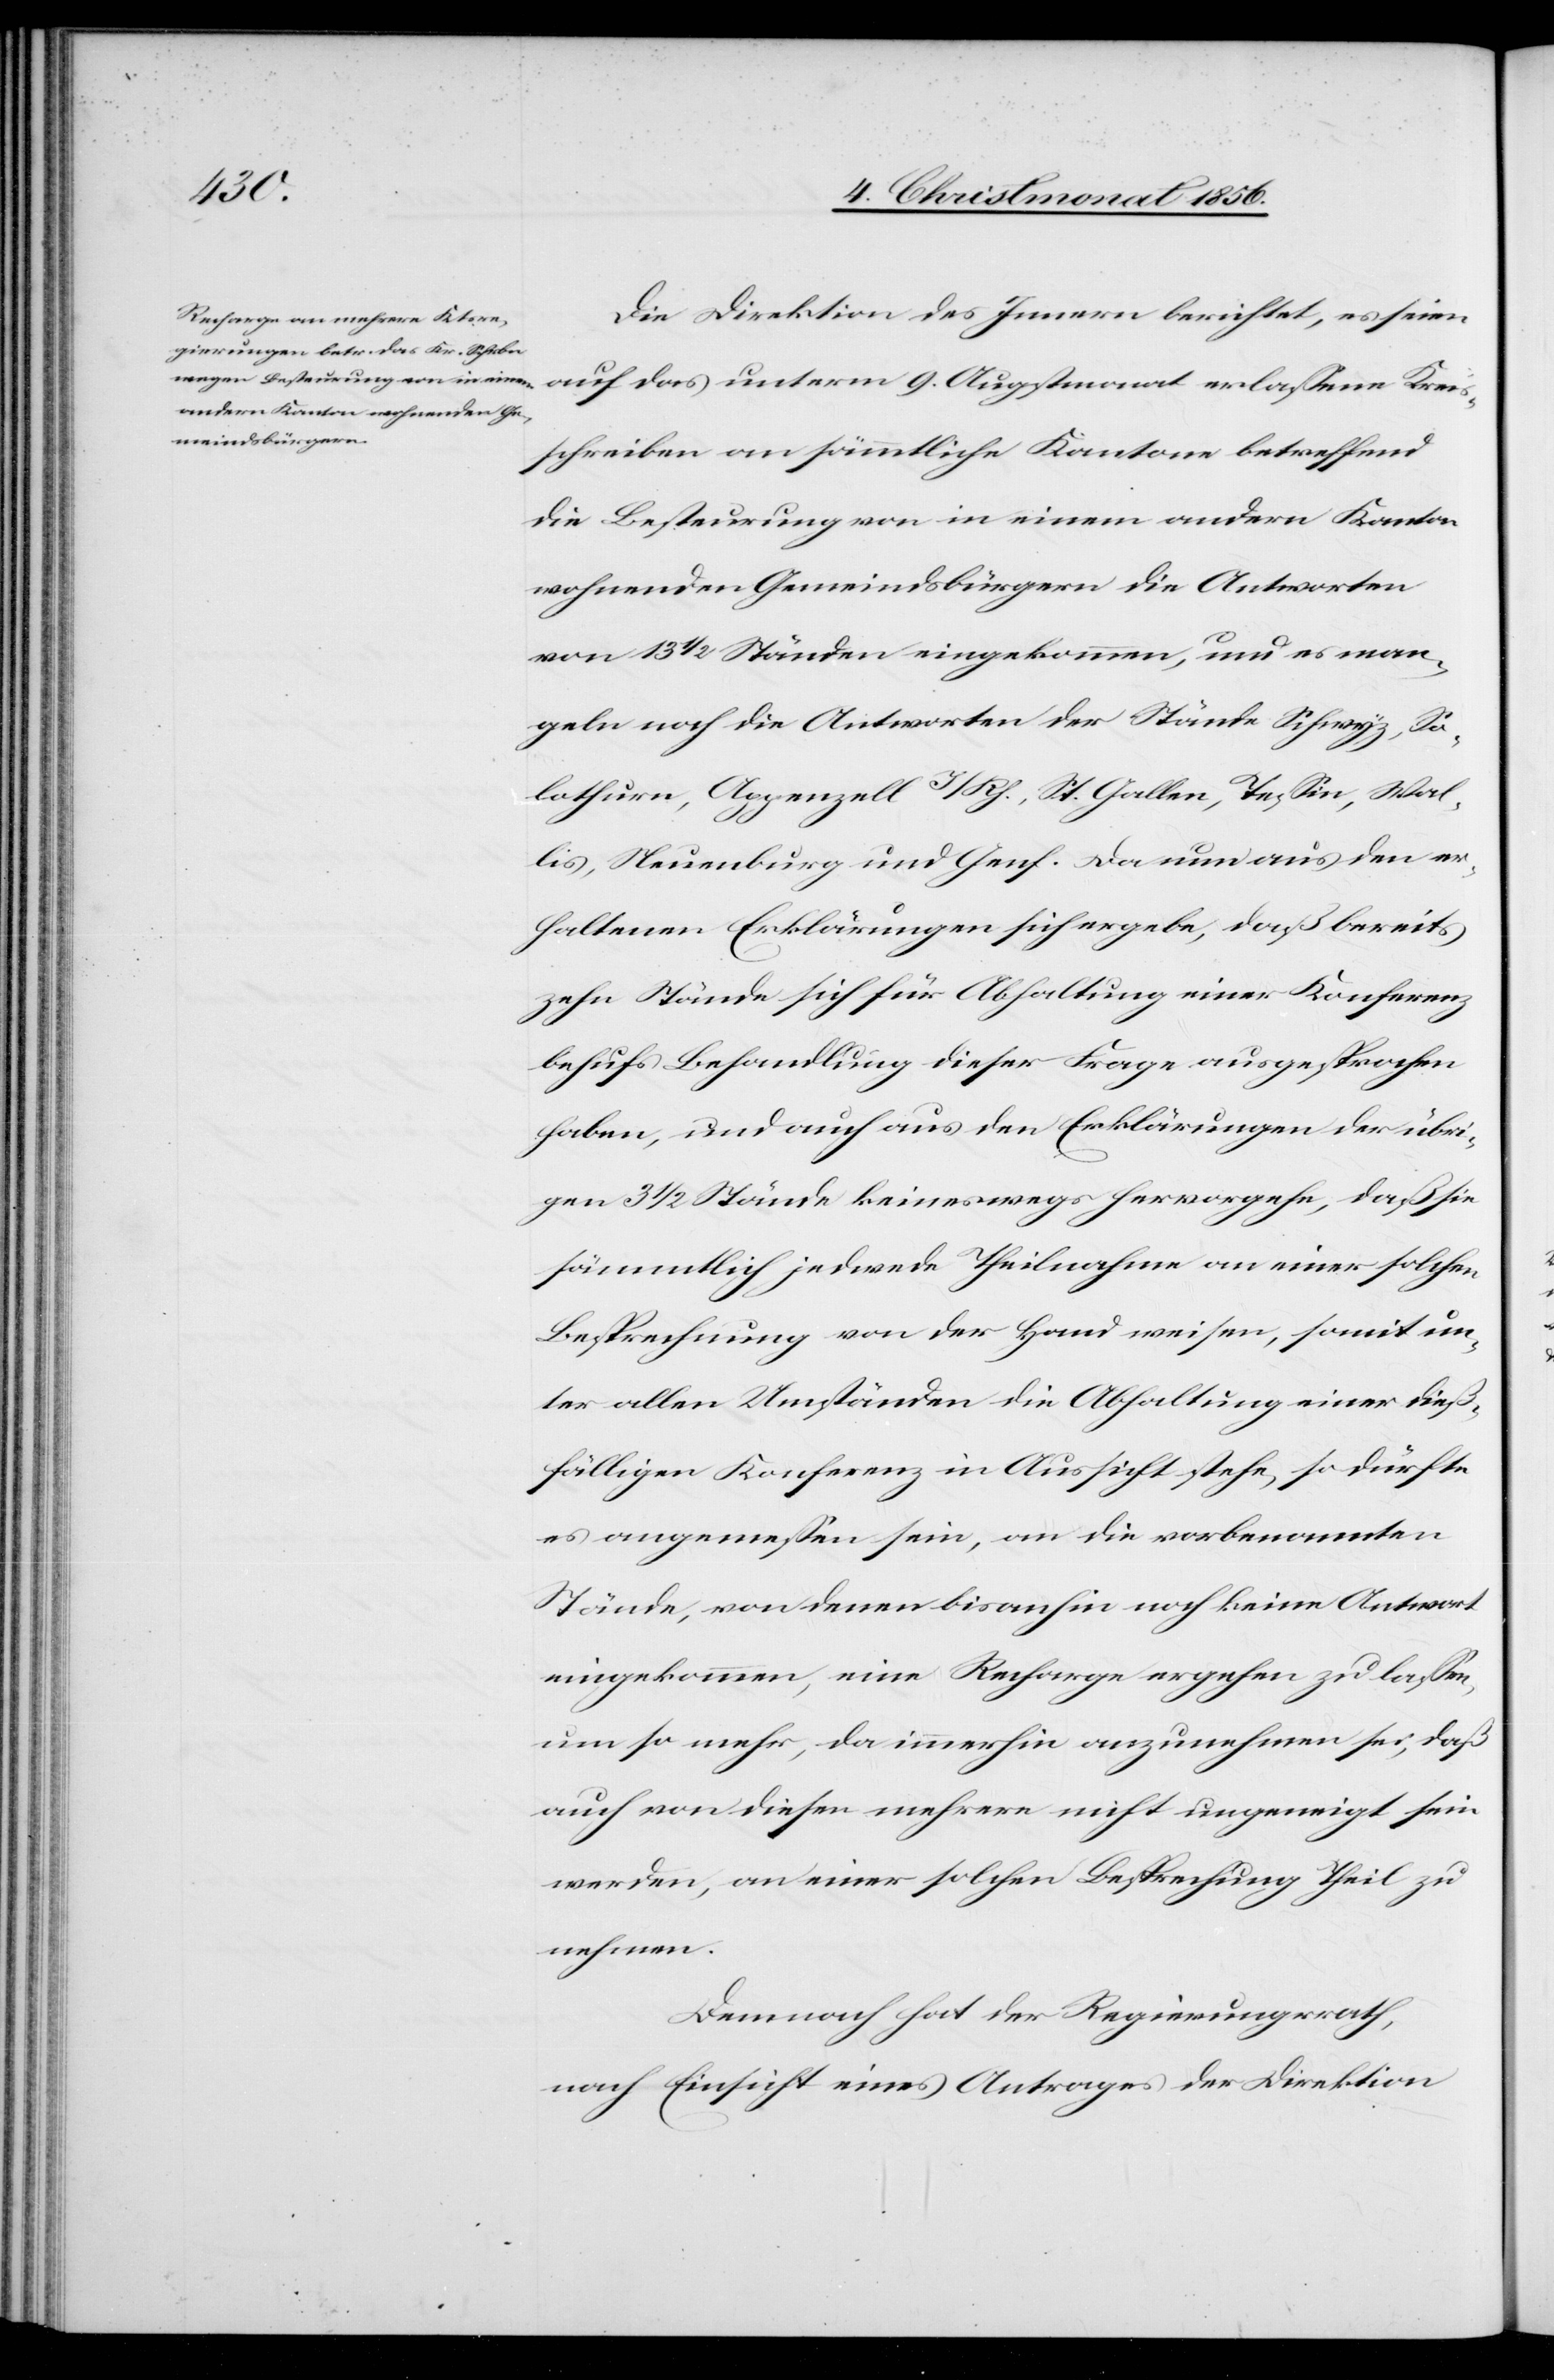
Die Direktion des Innern berichtet, es seien
auf das unterm 9. Augstmonat erlassene Kreis¬
schreiben an sämmtliche Kantone betreffend
die Besteurung von in einem andern Kanton
wohnenden Gemeindsbürgern die Antworten
von 13 ½ Ständen eingekommen, und es man¬
geln noch die Antworten der Stände Schwyz, So¬
lothurn, Appenzell I/Rh., St. Gallen, Tessin, Wal¬
lis, Neuenburg und Genf. Da nun aus den er¬
haltenen Erklärungen sich ergebe, daß bereits
zehn Stände sich für Abhaltung einer Konferenz
behufs Behandlung dieser Frage ausgesprochen
haben, und auch aus den Erklärungen der übri¬
gen 3 ½ Stände keineswegs hervorgehe, daß sie
sämmtlich jedwede Theilnahme an einer solchen
Besprechnung [sic!] von der Hand weisen, somit un¬
ter allen Umständen die Abhaltung einer dieß¬
fälligen Konferenz in Aussicht stehe, so dürfte
es angemessen sein, an die vorbenannten
Stände, von denen bisanhin noch keine Antwort
eingekommen, eine Recharge ergehen zu lassen,
um so mehr, da immerhin anzunehmen sei, daß
auch von diesen mehrere nicht ungeneigt sein
werden, an einer solchen Besprechung Theil zu
nehmen.
Demnach hat der Regierungsrath,
nach Einsicht eines Antrages der Direktion